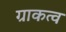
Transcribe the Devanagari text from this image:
ग्राकत्व